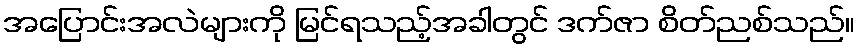
အပြောင်းအလဲများကို မြင်ရသည့်အခါတွင် ဒက်ဇာ စိတ်ညစ်သည်။